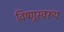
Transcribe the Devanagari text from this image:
विष्णूस्वरूप